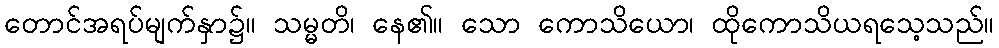
တောင်အရပ်မျက်နှာ၌။ သမ္မတိ၊ နေ၏။ သော ကောသိယော၊ ထိုကောသိယရသေ့သည်။